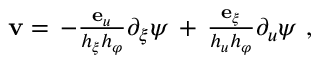
\begin{array} { r } { \mathbf { v } = \, - \frac { { \bf e } _ { u } } { h _ { \xi } h _ { \varphi } } \partial _ { \xi } \psi \, + \, \frac { { \bf e } _ { \xi } } { h _ { u } h _ { \varphi } } \partial _ { u } \psi \ , \ } \end{array}